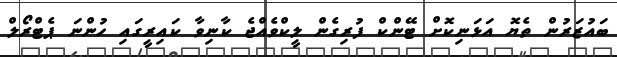
ބައުޒަރުން ތެޔޮ އަޅަނިކޮށް ޓޭންކް ފުރިގެން ލީކްވެއްޖެ ކާނިވާ ކައިރީގައި ހުންނަ ޕެޓްރޯލް